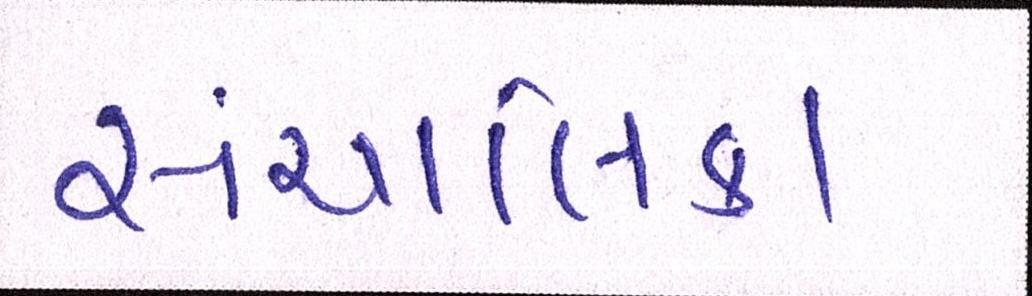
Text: સંચાલિકા